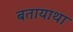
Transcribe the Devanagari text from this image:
बतायाथा